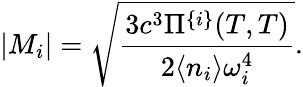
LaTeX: |M_{i}|=\sqrt{\frac{3c^{3}\Pi^{\{ i\} }(T,T)}{2\langle n_{i}\rangle\omega_{i}^{4}}}.